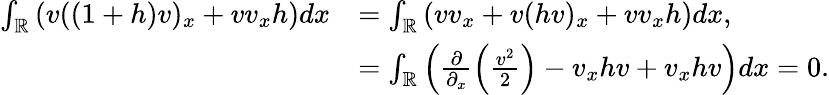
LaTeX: \begin{array}{rl}{\int_{\mathbb R}\left(v((1+h)v)_{x}+vv_{x}h\right)dx}&{=\int_{\mathbb R}\left(vv_{x}+v(hv)_{x}+vv_{x}h\right)dx,}\\ &{=\int_{\mathbb R}\left(\frac{\partial}{\partial_{x}}\left(\frac{v^{2}}{2}\right)-v_{x}hv+v_{x}hv\right)dx=0.}\end{array}